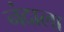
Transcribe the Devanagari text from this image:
नंदाला